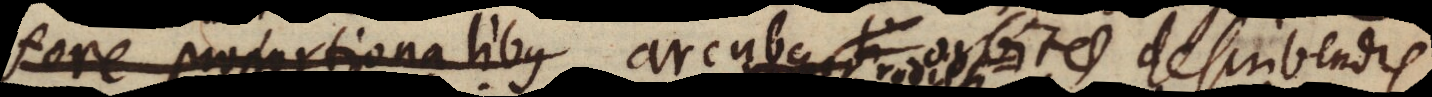
fere proportionalibus arcubus orbitae describendis